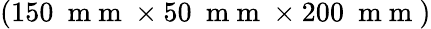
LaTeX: (150~\mathrm{~m~m~}\times 50~\mathrm{~m~m~}\times 200~\mathrm{~m~m~})